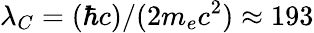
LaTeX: \lambda_{C}=(\hbar c)/(2m_{e}c^{2})\approx 193